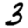
Digit: 3